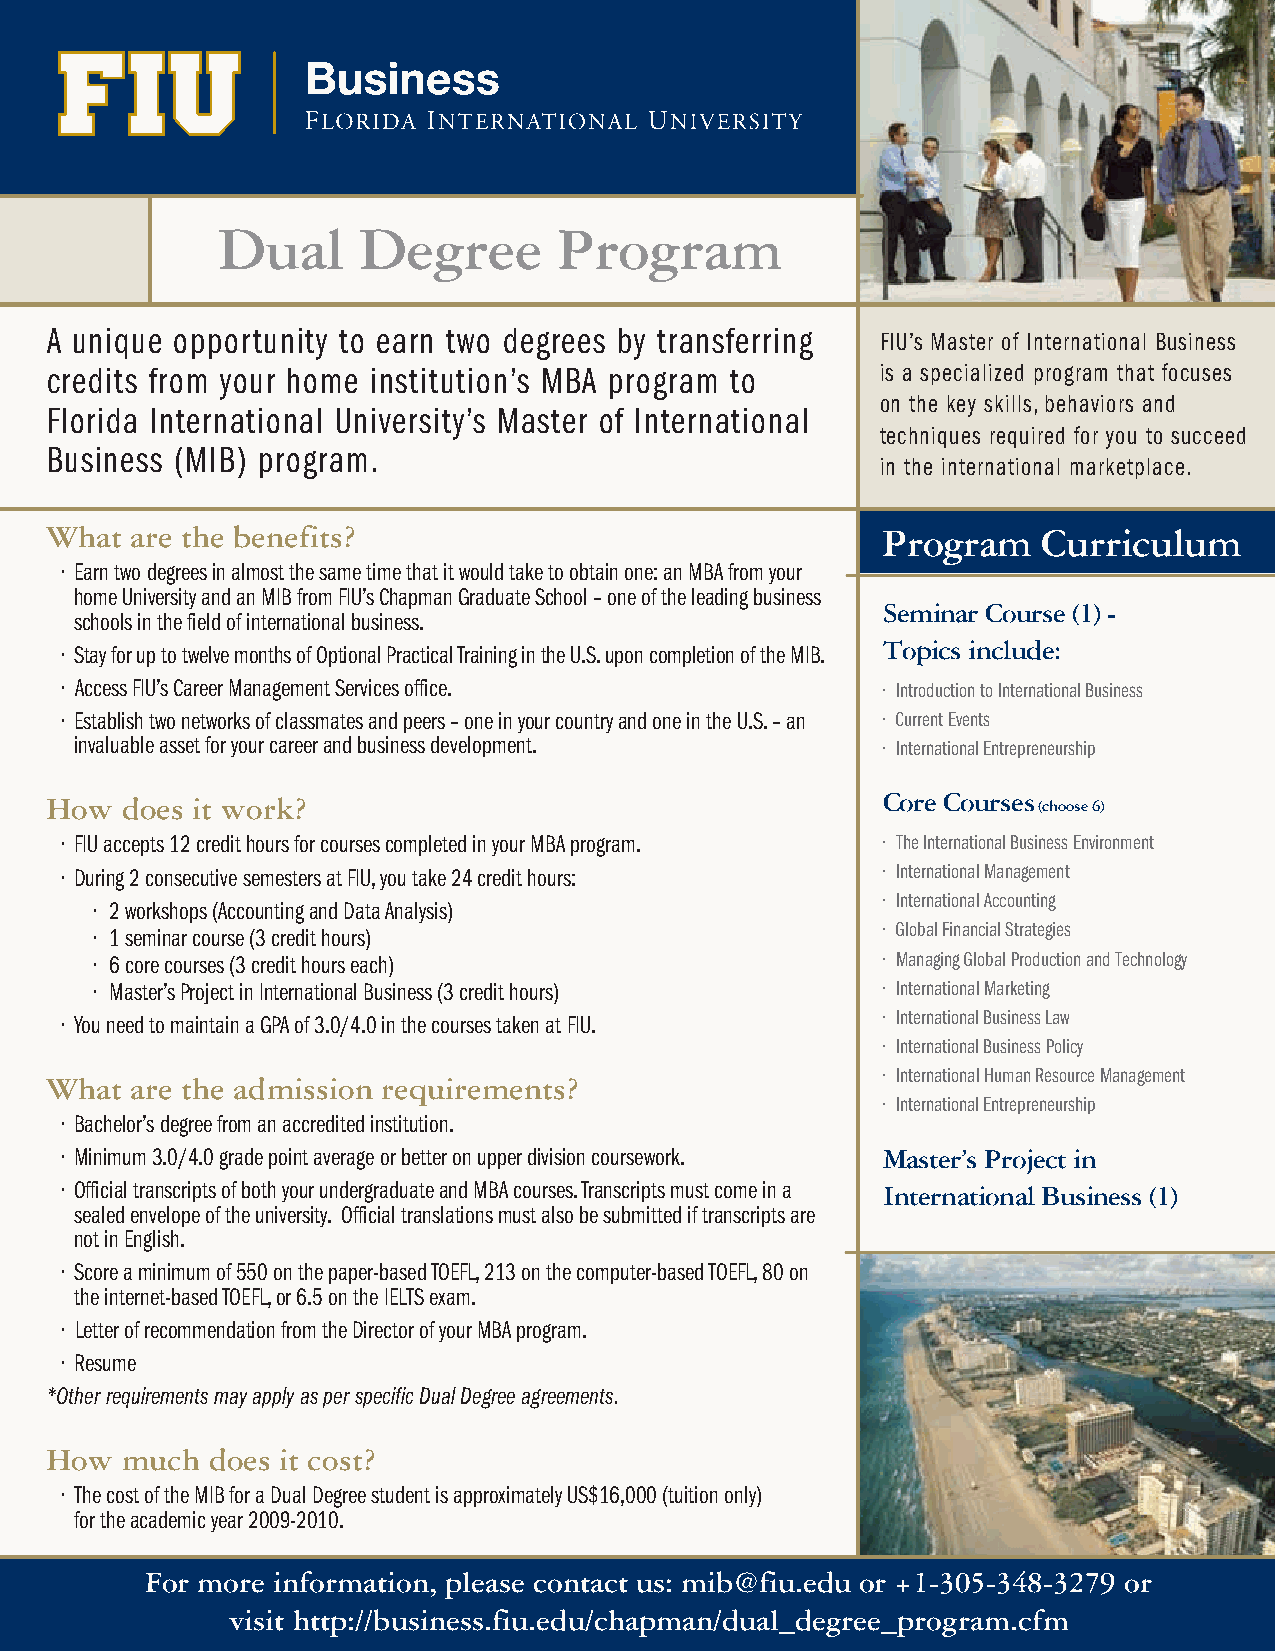
Dual      Degree       Program
 A unique opportunity to earn two degrees by transferring FIU’s Master of International Business
 credits from your home institution’s MBA program to    is a specialized program that focuses
 on the key skills, behaviors and
 Florida International University’s Master of International
 techniques required for you to succeed
 Business (MIB) program.
 in the international marketplace.
 What  are the benefits?                                Program    Curriculum
 • Earn two degrees in almost the same time that it would take to obtain one: an MBA from your
 home University and an MIB from FIU’s Chapman Graduate School – one of the leading business
 Seminar Course (1) -
 schools in the field of international business.
 Topics include:
 • Stay for up to twelve months of Optional Practical Training in the U.S. upon completion of the MIB.
 • Access FIU’s Career Management Services office.     • Introduction to International Business
 • Establish two networks of classmates and peers – one in your country and one in the U.S. – an • Current Events
 invaluable asset for your career and business development. • International Entrepreneurship
 How  does it work?                                     Core Courses (choose 6)
 • FIU accepts 12 credit hours for courses completed in your MBA program. • The International Business Environment
 • During 2 consecutive semesters at FIU, you take 24 credit hours: • International Management
 • International Accounting
 • 2 workshops (Accounting and Data Analysis)
 • Global Financial Strategies
 • 1 seminar course (3 credit hours)
 • 6 core courses (3 credit hours each)              • Managing Global Production and Technology
 • Master’s Project in International Business (3 credit hours) • International Marketing
 • You need to maintain a GPA of 3.0/4.0 in the courses taken at FIU. • International Business Law
 • International Business Policy
 • International Human Resource Management
 What  are the admission requirements?
 • International Entrepreneurship
 • Bachelor’s degree from an accredited institution.
 • Minimum 3.0/4.0 grade point average or better on upper division coursework. Master’s Project in
 • Official transcripts of both your undergraduate and MBA courses. Transcripts must come in a International Business (1)
 sealed envelope of the university. Official translations must also be submitted if transcripts are
 not in English.
 • Score a minimum of 550 on the paper-based TOEFL, 213 on the computer-based TOEFL, 80 on
 the internet-based TOEFL, or 6.5 on the IELTS exam.
 • Letter of recommendation from the Director of your MBA program.
 • Resume
 *Other requirements may apply as per specific Dual Degree agreements.
 How  much  does it cost?
 • The cost of the MIB for a Dual Degree student is approximately US$16,000 (tuition only)
 for the academic year 2009-2010.
 For more information, please contact us: mib@fiu.edu or +1-305-348-3279 or
 visit http://business.fiu.edu/chapman/dual_degree_program.cfm